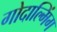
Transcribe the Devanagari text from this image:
गोदाल्मिंग